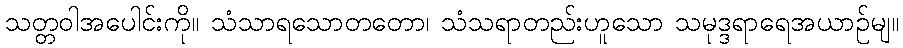
သတ္တဝါအပေါင်းကို။ သံသာရသောတတော၊ သံသရာတည်းဟူသော သမုဒ္ဒရာရေအယာဉ်မျ။